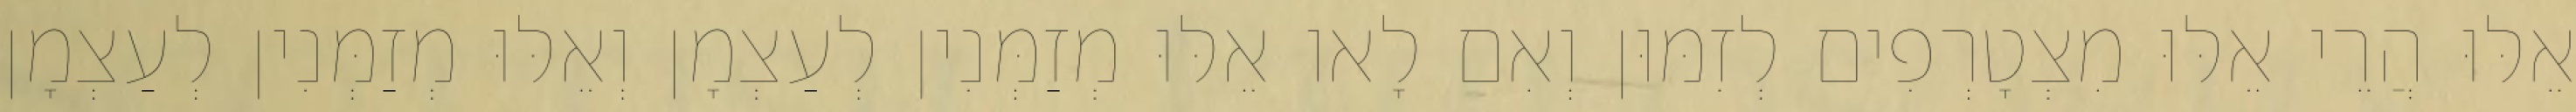
אֵלּוּ הֲרֵי אֵלּוּ מִצְטָרְפִים לְזִמּוּן וְאִם לָאו אֵלּוּ מְזַמְּנִין לְעַצְמָן וְאֵלּוּ מְזַמְּנִין לְעַצְמָן